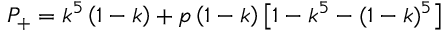
P _ { + } = k ^ { 5 } \left( 1 - k \right) + p \left( 1 - k \right) \left[ 1 - k ^ { 5 } - ( 1 - k ) ^ { 5 } \right]